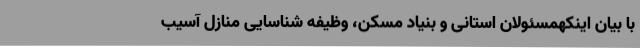
با بیان اینکهمسئولان استانی و بنیاد مسکن، وظیفه شناسایی منازل آسیب